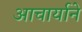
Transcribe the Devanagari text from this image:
आचार्याने